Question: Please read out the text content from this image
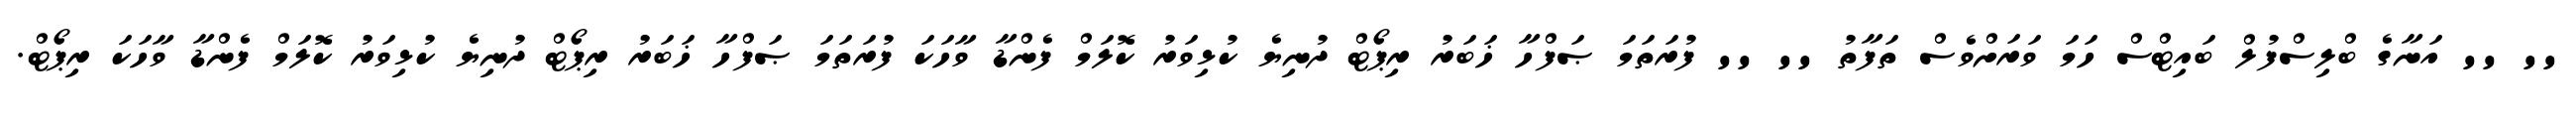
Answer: '' '' އަނާގެ ބްލިސްފުލް ބައިޓްސް ހަމަ ވަރަށްވެސް ތަފާތު '' '' ފުރަތަމަ ޞަފްހާ ޚަބަރު ރިޕޯޓް ދުނިޔެ ކުޅިވަރު ކޮލަމް ފެންޑާ ވާހަކަ ފުރަތަމަ ޞަފްހާ ޚަބަރު ރިޕޯޓް ދުނިޔެ ކުޅިވަރު ކޮލަމް ފެންޑާ ވާހަކަ ރިޕޯޓް.